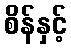
စိန်နှင့်